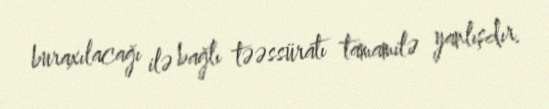
buraxılacağı ilə bağlı təəssüratı tamamilə yanlışdır.